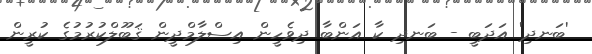
'ބަނދި' އަދަބީ - ބަނދި ކާ އަންބާ ދިވެހީން އިސްލާމްދީން ޤަބޫލްކުރުމުގެ ކުރީން